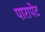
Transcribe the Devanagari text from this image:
पारापेट